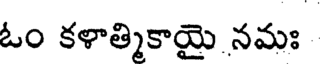
ఓం కళాత్మికాయై నమః